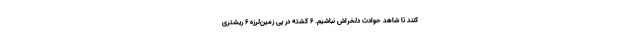
کنند تا شاهد حوادث دلخراش نباشیم. 6 کشته در پی زمین‌لرزه 6 ریشتری